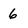
Character: 6